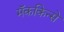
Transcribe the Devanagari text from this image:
मॅककिन्से